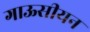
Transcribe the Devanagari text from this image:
गाऊसीयन